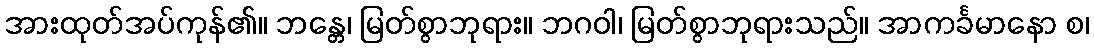
အားထုတ်အပ်ကုန်၏။ ဘန္တေ၊ မြတ်စွာဘုရား။ ဘဂဝါ၊ မြတ်စွာဘုရားသည်။ အာကင်္ခမာနော စ၊